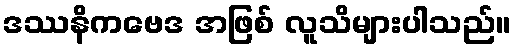
ဒဿနိကဗေဒ အဖြစ် လူသိများပါသည်။